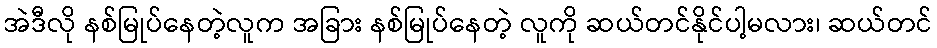
အဲဒီလို နစ်မြုပ်နေတဲ့လူက အခြား နစ်မြုပ်နေတဲ့ လူကို ဆယ်တင်နိုင်ပါ့မလား၊ ဆယ်တင်